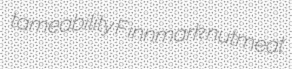
tameability Finnmark nutmeat